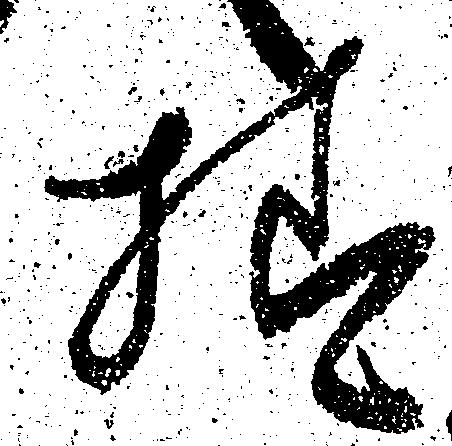
様